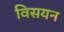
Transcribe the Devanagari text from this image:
विसयन